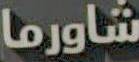
شاورما